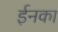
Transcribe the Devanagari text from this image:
ईनका